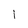
Character: I